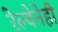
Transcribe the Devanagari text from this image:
रेल्वेनेही